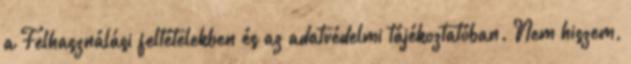
a Felhasználási feltételekben és az adatvédelmi tájékoztatóban. Nem hiszem,